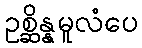
ဥစ္ဆိန္နမူလံပေ